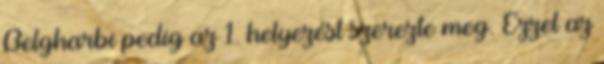
Belgharbi pedig az 1. helyezést szerezte meg. Ezzel az